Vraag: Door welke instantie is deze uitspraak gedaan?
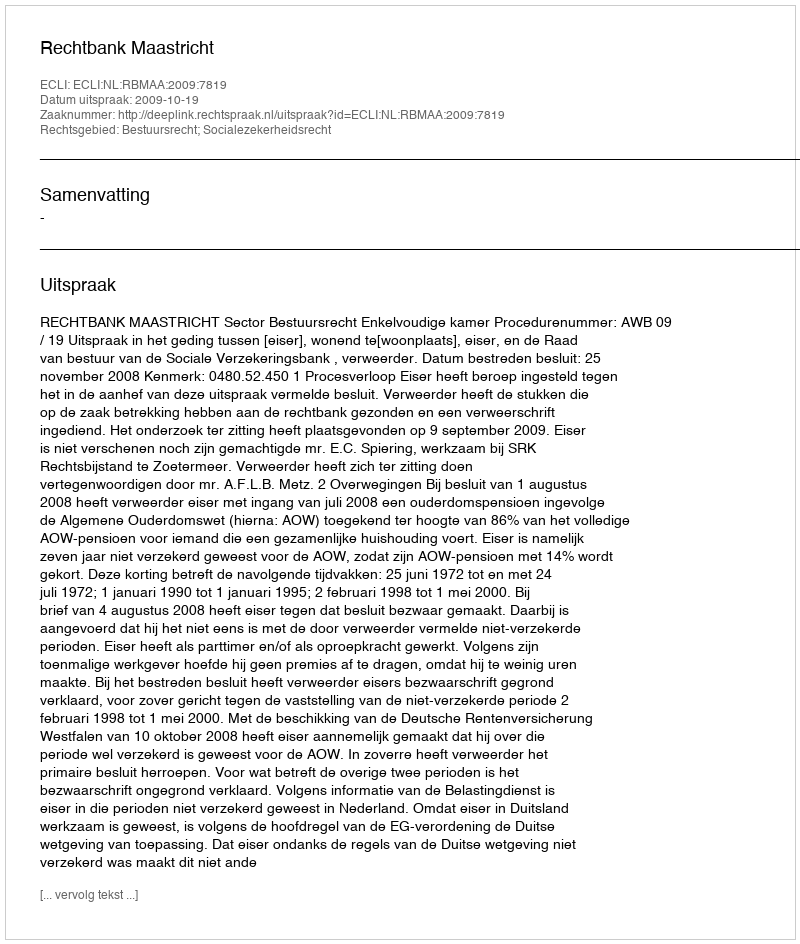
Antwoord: Rechtbank Maastricht